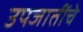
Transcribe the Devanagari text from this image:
उपजातींचे